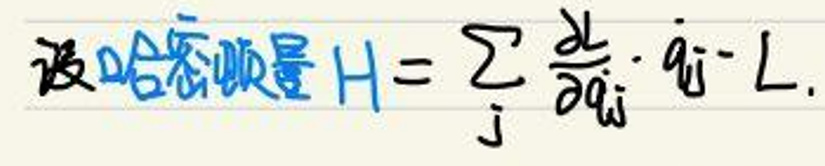
设哈密顿量\(H = \sum_{j} \frac{\partial}{\partial q_{j}} \cdot \dot{q}_{j} - L\)。